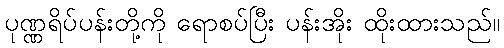
ပုဏ္ဏရိပ်ပန်းတို့ကို ရောစပ်ပြီး ပန်းအိုး ထိုးထားသည်။